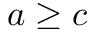
a \geq c